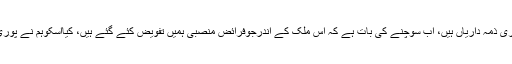
ہم میں ہرشخص کی بہت ساری ذمہ داریاں ہیں، اب سوچنے کی بات ہے کہ اس ملک کے اندرجوفرائض منصبی ہمیں تفویض کئے گئے ہیں، کیااسکوہم نے پوری دیانت داری سے نبھایاہے۔